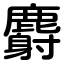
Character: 麝